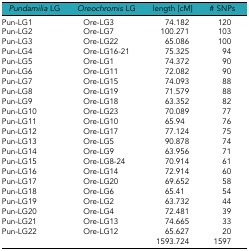
<table><thead><tr><td><b><i>Pundamilia</i> LG</b></td><td><b><i>Oreochromis</i> LG</b></td><td><b>length [cM]</b></td><td><b># SNPs</b></td></tr></thead><tbody><tr><td>Pun-LG1</td><td>Ore-LG3</td><td>74.182</td><td>120</td></tr><tr><td>Pun-LG2</td><td>Ore-LG7</td><td>100.271</td><td>103</td></tr><tr><td>Pun-LG3</td><td>Ore-LG22</td><td>65.086</td><td>100</td></tr><tr><td>Pun-LG4</td><td>Ore-LG16-21</td><td>75.325</td><td>94</td></tr><tr><td>Pun-LG5</td><td>Ore-LG1</td><td>74.372</td><td>90</td></tr><tr><td>Pun-LG6</td><td>Ore-LG11</td><td>72.082</td><td>90</td></tr><tr><td>Pun-LG7</td><td>Ore-LG15</td><td>74.093</td><td>88</td></tr><tr><td>Pun-LG8</td><td>Ore-LG19</td><td>71.579</td><td>88</td></tr><tr><td>Pun-LG9</td><td>Ore-LG18</td><td>63.352</td><td>82</td></tr><tr><td>Pun-LG10</td><td>Ore-LG23</td><td>70.089</td><td>77</td></tr><tr><td>Pun-LG11</td><td>Ore-LG10</td><td>65.94</td><td>76</td></tr><tr><td>Pun-LG12</td><td>Ore-LG17</td><td>77.124</td><td>75</td></tr><tr><td>Pun-LG13</td><td>Ore-LG5</td><td>90.878</td><td>74</td></tr><tr><td>Pun-LG14</td><td>Ore-LG9</td><td>63.956</td><td>71</td></tr><tr><td>Pun-LG15</td><td>Ore-LG8-24</td><td>70.914</td><td>61</td></tr><tr><td>Pun-LG16</td><td>Ore-LG14</td><td>72.914</td><td>60</td></tr><tr><td>Pun-LG17</td><td>Ore-LG20</td><td>69.652</td><td>58</td></tr><tr><td>Pun-LG18</td><td>Ore-LG6</td><td>65.41</td><td>54</td></tr><tr><td>Pun-LG19</td><td>Ore-LG2</td><td>63.732</td><td>44</td></tr><tr><td>Pun-LG20</td><td>Ore-LG4</td><td>72.481</td><td>39</td></tr><tr><td>Pun-LG21</td><td>Ore-LG13</td><td>74.665</td><td>33</td></tr><tr><td>Pun-LG22</td><td>Ore-LG12</td><td>65.627</td><td>20</td></tr><tr><td></td><td></td><td>1593.724</td><td>1597</td></tr></tbody></table>